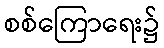
စစ်ကြောရေး၌